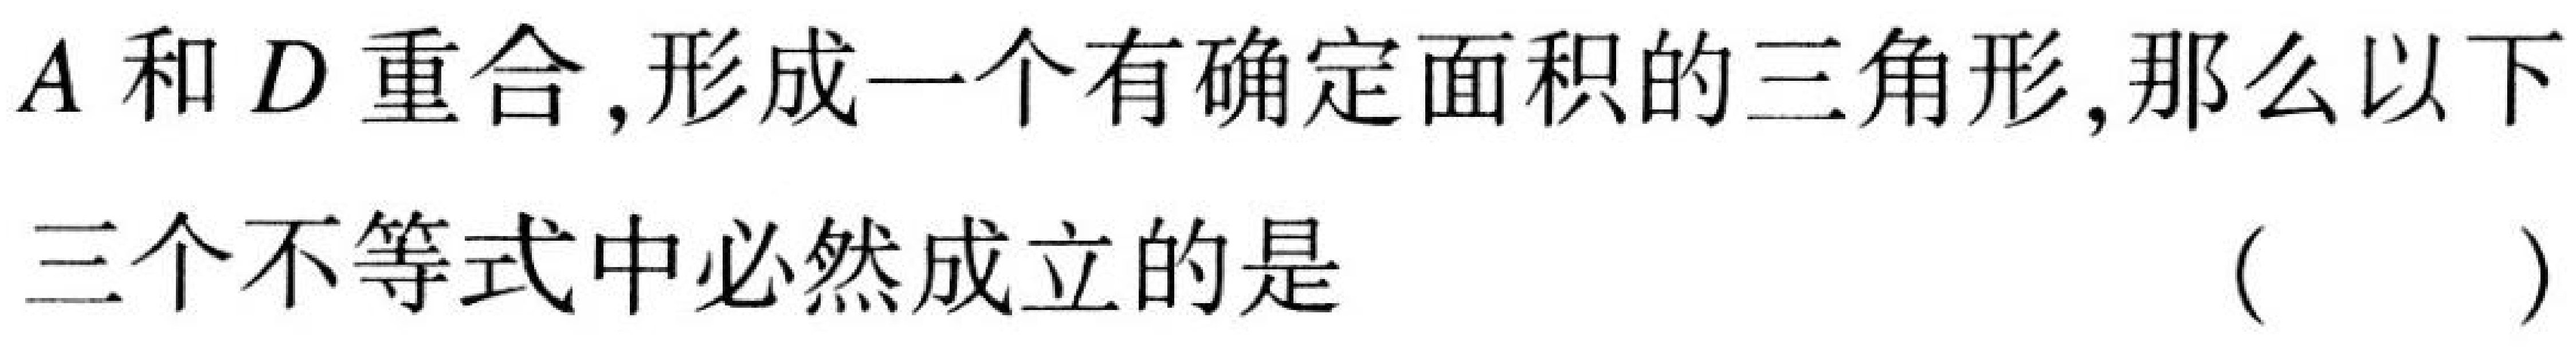
\(A\)和\(D\)重合,形成一个有确定面积的三角形,那么以下
三个不等式中必然成立的是 （  ）